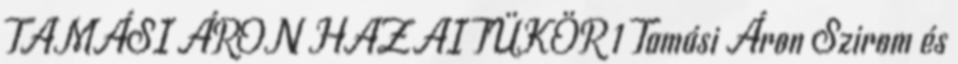
TAMÁSI ÁRON HAZAI TÜKÖR 1 Tamási Áron Szirom és